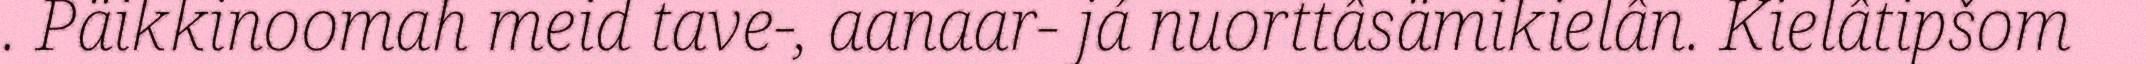
. Päikkinoomah meid tave-, aanaar- já nuorttâsämikielân. Kielâtipšom